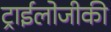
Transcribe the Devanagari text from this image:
ट्राईलोजीकी